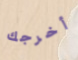
أخرجك